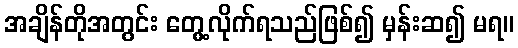
အချိန်တိုအတွင်း တွေ့လိုက်ရသည်ဖြစ်၍ မှန်းဆ၍ မရ။